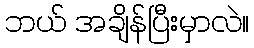
ဘယ် အချိန်ပြီးမှာလဲ။